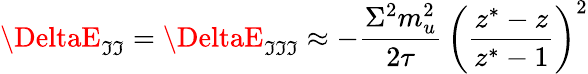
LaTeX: \DeltaE_{\mathfrak{I}\mathfrak{I}}=\DeltaE_{\mathfrak{I}\mathfrak{I}\mathfrak{I}}\approx-{\frac{{\Sigma^{2}m_{u}^{2}}}{{2\tau}}}\, \left({\frac{{z^{\ast}-z}}{{z^{\ast}-1}}}\right)^{2}